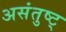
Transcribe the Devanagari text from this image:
असंतुष्ट्